Report of the Indian Hemp Drugs Commission, 1894-1895 - Volume VI
Year: 1894
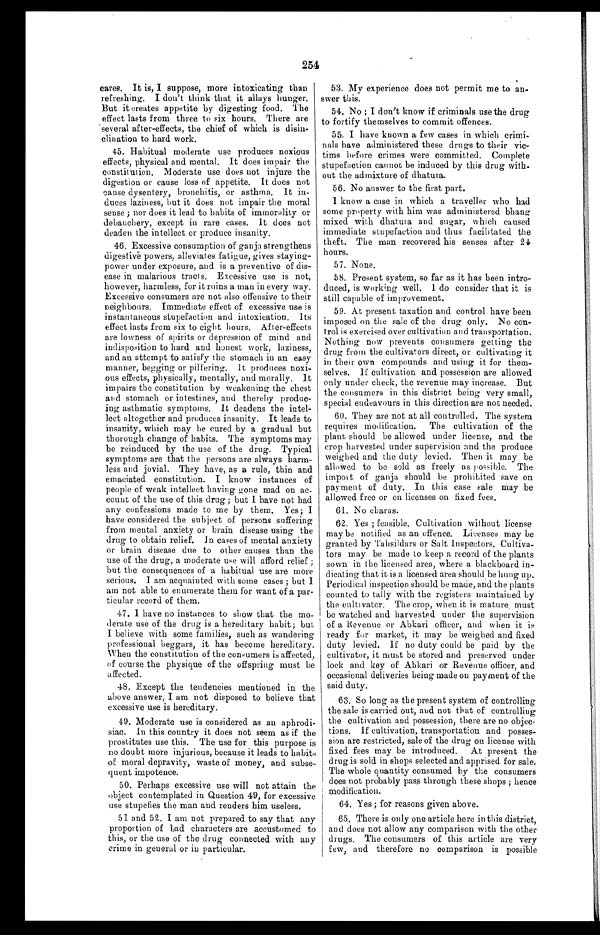
254
cares. It is, I suppose, more intoxicating than
refreshing. I don't think that it allays hunger.
But it creates appetite by digesting food. The
effect lasts from three to six hours. There are
several after-effects, the chief of which is disin-
- c l i n a t i o n t o h a r d w o r k .
45. Habitual moderate use produces noxious
effects, physical and mental. It does impair the
constitution. Moderate use does not injure the
digestion or cause loss of appetite. It does not
cause dysentery, bronchitis, or asthma. It in-
duces laziness, but it does not impair the moral
sense ; nor does it lead to habits of immorality or
debauchery, except in rare cases. It does not
deaden the intellect or produce insanity.
46. Excessive consumption of ganja strengthens
digestive powers, alleviates fatigue, gives staying-
power under exposure, and is a preventive of dis-
- e a s e i n m a l a r i o u s t r a c t s . E x c e s s i v e u s e i s n o t ,
however, harmless, for it ruins a man in every way.
Excessive consumers are not also offensive to their
neighbours. Immediate effect of excessive use is
instantaneous stupefaction and intoxication. Its
effect lasts from six to eight hours. After-effects
are lowness of spirits or depression of mind and
indisposition to hard and honest work, laziness,
and an attempt to satisfy the stomach in an easy
manner, begging or pilfering. it produces noxi-
ous effects, physically, mentally, and morally. It
impairs the constitution by weakening the chest
and stomach or intestines, and thereby produc-
ing asthmatic symptoms. It deadens the intel-
lect altogether and produces insanity. It leads to
insanity, which may he cured by a gradual but
thorough change of habits. The symptoms may
be reinduced by the use of the drug. Typical
symptoms are that the persons are always harm-
less and jovial. They have, as a rule, thin and
emaciated constitution. I know instances of
people of weak intellect having gone mad on ac-
count of the use of this drug ; but I have not had
any confessions made to me by them. Yes; I
have considered the subject of persons suffering
from mental anxiety or brain disease using the
drug to obtain relief. In cases of mental anxiety
or brain disease due to other causes than the
use of the drug, a moderate use will afford relief ;
but the consequences of a habitual use are more
serious. I am acquainted with some cases ; but I
am not able to enumerate them for want of a par-
ticular record of them.
47. I have no instances to show that the mo-
derate use of the drug is a hereditary habit ; but
I believe with some families, such as wandering
professional beggars, it has become hereditary.
When the constitution of the consumers is affected,
of course the physique of the offspring must be
affected.
48. Except the tendencies mentioned in the
above answer, I am not disposed to believe that
excessive use is hereditary.
49. Moderate use is considered as an aphrodi-
siac. In this country it does not seem as if the
prostitutes use this. The use for this purpose is
no doubt more injurious, because it leads to habits
of moral depravity, waste of money, and subse-
quent impotence.
50. Perhaps excessive use will not attain the
object contemplated in Question 49, for excessive
use stupefies the man and renders him useless.
51 and 52. I am not prepared to say that any
proportion of bad characters are accustomed to
this, or the use of the drug connected with any
crime in general or in particular.
53. My experience does not permit me to an-
swer this.
54. No ; I don't know if criminals use the drug
to fortify themselves to commit offences.
55. I have known a few cases in which crimi-
nals have administered these drugs to their vic-
tims before crimes were committed. Complete
stupefaction cannot be induced by this drug with-
out the admixture of dhatura.
56. No answer to the first part.
I know a case in which a traveller who had
some property with him was administered bhang
mixed with dhatura and sugar, which caused
immediate stupefaction and thus facilitated the
theft. The man recovered his senses after 24
hours.
57. None.
58. Present system, so far as it has been intro-
duced, is working well. 1 do consider that it is
still capable of improvement.
59. At present taxation and control have been
imposed on the sale of the drug only. No con-
trol is exercised over cultivation and transportation.
Nothing now prevents consumers getting the
drug from the cultivators direct, or cultivating it
in their own compounds and using it for them-
selves, If cultivation and possession are allowed
only under check, the revenue may increase. But
the consumers in this district being very small,
special endeavours in this direction are not needed.
60. They are not at all controlled, The system
requires modification. The cultivation of the
plant should be allowed under license, and the
crop harvested under supervision and the produce
weighed and the duty levied. Then it may be
allowed to be sold as freely as possible. The
import of ganja should be prohibited save on
payment of duty. In this case sale may be
allowed free or on licenses on fixed fees.
61. No charas.
62. Yes ; feasible. Cultivation without license
may be notified as an offence. Licenses may be
granted by Tahsildars or Salt Inspectors. Cultiva-
tors may be made to keep a record of the plants
sown in the licensed area, where a blackboard in-
dicating that it is a licensed area should be hung up.
Periodical inspection should be made, and the plants
counted to tally with the registers maintained by
the cultivator. The crop, when it is mature , must
be watched and. harvested under the supervision
of a Revenue or Abkari officer, and when it is
ready for market, it may be weighed and fixed
duty levied. If no duty could be paid by the
cultivator, it must be stored and preserved under
lock and key of Abkari or Revenue officer, and
occasional deliveries being made on payment of the
said duty.
63. So long as the present system of controlling
the sale is carried out, and not that of controlling
the cultivation and possession, there are no objec-
tions. If cultivation, transportation and posses-
sion are restricted, sale of the drug on license with
fixed fees may be introduced. At present the
drug is sold in shops selected and apprised for sale.
The whole quantity consumed by the consumers
does not probably pass through these shops ; hence
modification
64. Yes ; for reasons given above.
65. There is only one article here in this district,
and does not allow any comparison with the other
drugs. The consumers of this article are very
few, and therefore no comparison is possible